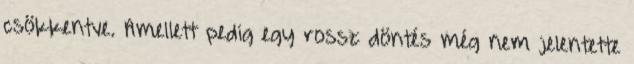
csökkentve. Amellett pedig egy rossz döntés még nem jelentette